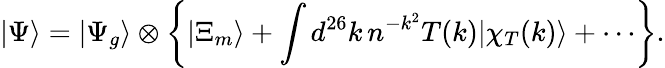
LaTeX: |\Psi\rangle=|\Psi_{g}\rangle\otimes\left\{ |\Xi_{m}\rangle+\int d^{26}k\, n^{-k^{2}}T(k)|\chi_{T}(k)\rangle+\cdots\right\} .